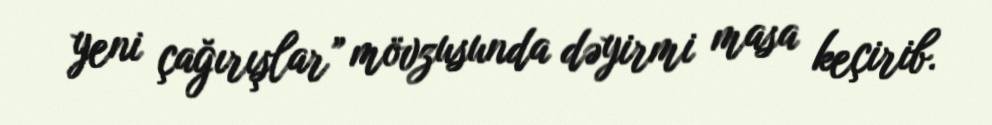
yeni çağırışlar” mövzusunda dəyirmi masa keçirib.